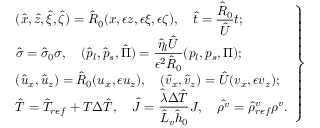
\left. \begin{array} { l } { \displaystyle ( \hat { x } , \hat { z } , \hat { \xi } , \hat { \zeta } ) = \hat { R } _ { 0 } ( x , \epsilon z , \epsilon \xi , \epsilon \zeta ) , \quad \hat { t } = \frac { \hat { R } _ { 0 } } { { \hat { U } } } t ; } \\ { \displaystyle \hat { \sigma } = \hat { \sigma } _ { 0 } \sigma , \quad ( \hat { p } _ { l } , \hat { p } _ { s } , \hat { \Pi } ) = \frac { \hat { \eta } _ { l } { \hat { U } } } { \epsilon ^ { 2 } \hat { R } _ { 0 } } ( p _ { l } , p _ { s } , \Pi ) ; } \\ { \displaystyle ( \hat { u } _ { x } , \hat { u } _ { z } ) = \hat { R } _ { 0 } ( u _ { x } , \epsilon u _ { z } ) , \quad ( \hat { v } _ { x } , \hat { v } _ { z } ) = \hat { U } ( v _ { x } , \epsilon v _ { z } ) ; } \\ { \displaystyle \hat { T } = \hat { T } _ { r e f } + T \Delta \hat { T } , \quad \hat { J } = \frac { \hat { \lambda } \Delta \hat { T } } { \hat { L } _ { v } \hat { h } _ { 0 } } J , \quad \hat { \rho ^ { v } } = \hat { \rho } _ { r e f } ^ { v } \rho ^ { v } . } \end{array} \right\}